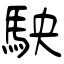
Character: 駚